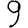
Digit: 9